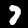
Digit: 7